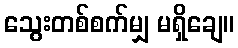
သွေးတစ်စက်မျှ မရှိချေ။